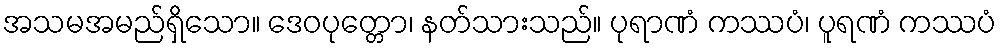
အသမအမည်ရှိသော။ ဒေဝပုတ္တော၊ နတ်သားသည်။ ပုရာဏံ ကဿပံ၊ ပူရဏံ ကဿပံ